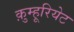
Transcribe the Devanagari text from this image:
क़ुम्हूरियेट